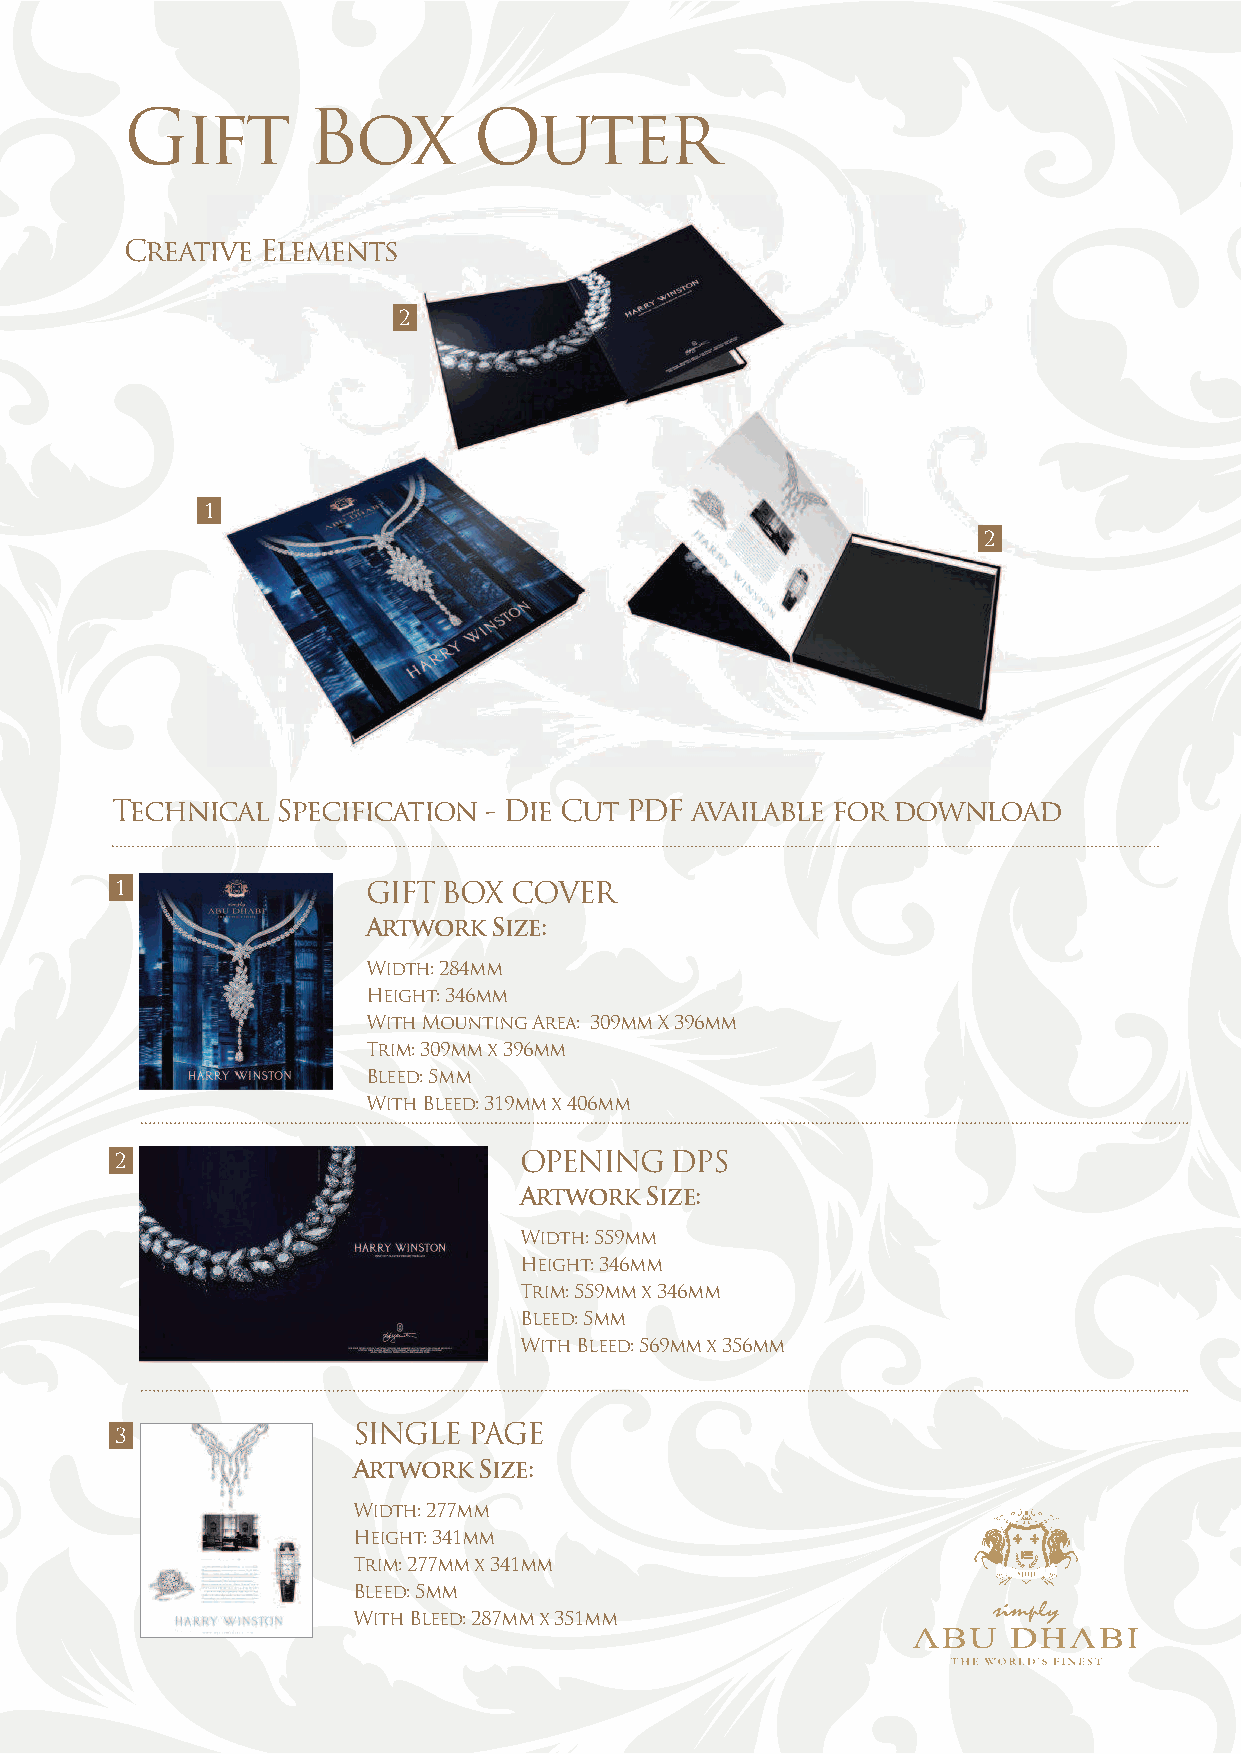
Gift        Box        Outer
 Creative Elements
 2
 1
 2
 Technical  Specification - Die Cut PDF available for download
 1               GIFT BOX  COVER
 Artwork  Size:
 Width: 284mm
 Height: 346mm
 With Mounting Area: 309mm X 396mm
 Trim: 309mm x 396mm
 Bleed: 5mm
 With Bleed: 319mm x 406mm
 2                         OPENING   DPS
 Artwork  Size:
 Width: 559mm
 Height: 346mm
 Trim: 559mm x 346mm
 Bleed: 5mm
 With Bleed: 569mm x 356mm
 SINGLE  PAGE
 3
 Artwork  Size:
 Width: 277mm
 Height: 341mm
 Trim: 277mm x 341mm
 Bleed: 5mm
 With Bleed: 287mm x 351mm